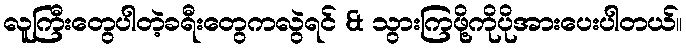
လူကြီးတွေပါတဲ့ခရီးတွေကလွဲရင် & သွားကြဖို့ကိုပိုအားပေးပါတယ်။